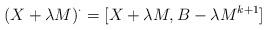
LaTeX: \begin{align*} (X+\lambda M)^\cdot=[X+\lambda M,B-\lambda M^{k+1}]\end{align*}